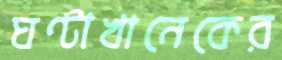
ঘণ্টাখানেকের